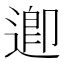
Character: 𮞲